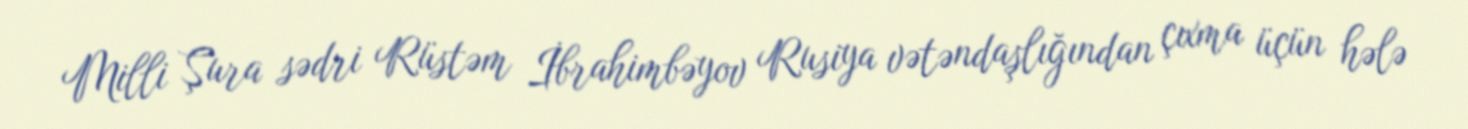
Milli Şura sədri Rüstəm İbrahimbəyov Rusiya vətəndaşlığından çıxma üçün hələ